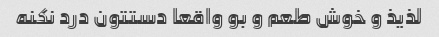
لذیذ و خوش طعم و بو واقعا دستتون درد نکنه